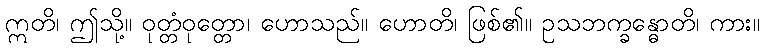
ဣတိ၊ ဤသို့။ ဝုတ္တံဝုတ္တော၊ ဟောသည်။ ဟောတိ၊ ဖြစ်၏။ ဥသဘက္ခန္ဓောတိ၊ ကား။